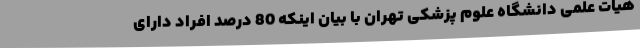
هیات علمی دانشگاه علوم پزشکی تهران با بیان اینکه 80 درصد افراد دارای